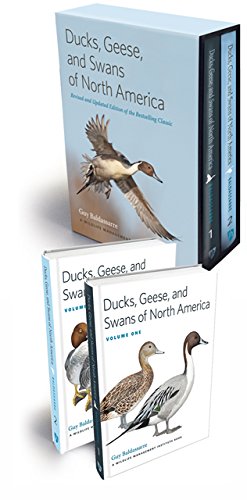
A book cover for Ducks, Geese, and Swans of North America: 2-vol. set; Guy Baldassarre; Science & Math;